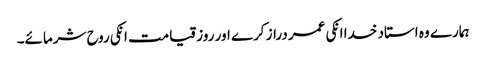
ہمارے وہ استاد خدا انکی عمر دراز کرے اور روز قیامت انکی روح شرمائے۔